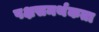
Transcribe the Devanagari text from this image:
पक्षसमर्थकता